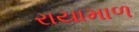
રાયામાળ